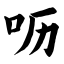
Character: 呖